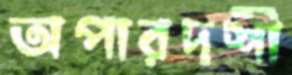
অপারদর্শী